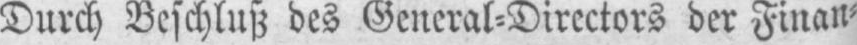
Durch Beschluß des General⸗Directors der Finan⸗